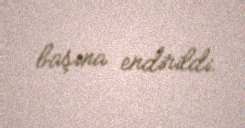
başına endirildi.